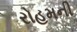
રોહમની